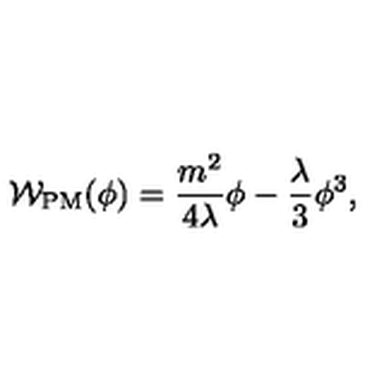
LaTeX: { \cal W } _ { \mathrm { P M } } ( \phi ) = \frac { m ^ { 2 } } { 4 \lambda } \phi - \frac { \lambda } { 3 } \phi ^ { 3 } ,